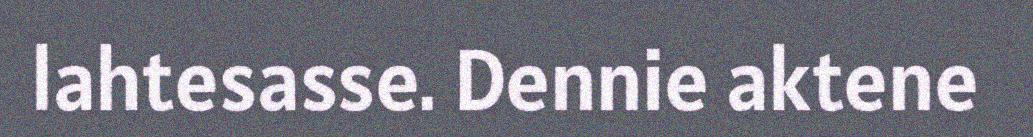
lahtesasse. Dennie aktene